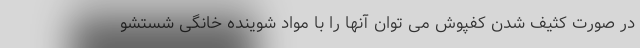
در صورت کثیف شدن کفپوش می توان آنها را با مواد شوینده خانگی شستشو